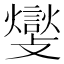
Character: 𮘽